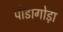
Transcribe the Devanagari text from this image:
पोडागोड़ा